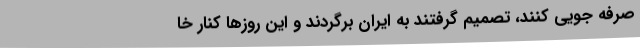
صرفه جویی کنند، تصمیم گرفتند به ایران برگردند و این روزها کنار خا